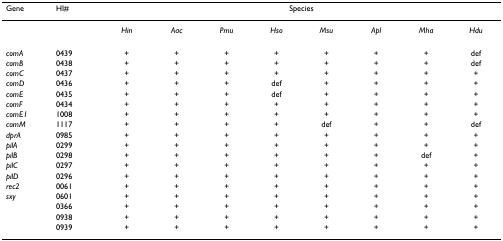
<table><thead><tr><td><b>Gene</b></td><td><b>HI#</b></td><td colspan="8"><b>Species</b></td></tr></thead><tbody><tr><td></td><td></td><td><i>Hin</i></td><td><i>Aac</i></td><td><i>Pmu</i></td><td><i>Hso</i></td><td><i>Msu</i></td><td><i>Apl</i></td><td><i>Mha</i></td><td><i>Hdu</i></td></tr><tr><td><i>comA</i></td><td>0439</td><td>+</td><td>+</td><td>+</td><td>+</td><td>+</td><td>+</td><td>+</td><td>def</td></tr><tr><td><i>comB</i></td><td>0438</td><td>+</td><td>+</td><td>+</td><td>+</td><td>+</td><td>+</td><td>+</td><td>def</td></tr><tr><td><i>comC</i></td><td>0437</td><td>+</td><td>+</td><td>+</td><td>+</td><td>+</td><td>+</td><td>+</td><td>+</td></tr><tr><td><i>comD</i></td><td>0436</td><td>+</td><td>+</td><td>+</td><td>def</td><td>+</td><td>+</td><td>+</td><td>+</td></tr><tr><td><i>comE</i></td><td>0435</td><td>+</td><td>+</td><td>+</td><td>def</td><td>+</td><td>+</td><td>+</td><td>+</td></tr><tr><td><i>comF</i></td><td>0434</td><td>+</td><td>+</td><td>+</td><td>+</td><td>+</td><td>+</td><td>+</td><td>+</td></tr><tr><td><i>comE1</i></td><td>1008</td><td>+</td><td>+</td><td>+</td><td>+</td><td>+</td><td>+</td><td>+</td><td>+</td></tr><tr><td><i>comM</i></td><td>1117</td><td>+</td><td>+</td><td>+</td><td>+</td><td>def</td><td>+</td><td>+</td><td>def</td></tr><tr><td><i>dprA</i></td><td>0985</td><td>+</td><td>+</td><td>+</td><td>+</td><td>+</td><td>+</td><td>+</td><td>+</td></tr><tr><td><i>pilA</i></td><td>0299</td><td>+</td><td>+</td><td>+</td><td>+</td><td>+</td><td>+</td><td>+</td><td>+</td></tr><tr><td><i>pilB</i></td><td>0298</td><td>+</td><td>+</td><td>+</td><td>+</td><td>+</td><td>+</td><td>def</td><td>+</td></tr><tr><td><i>pilC</i></td><td>0297</td><td>+</td><td>+</td><td>+</td><td>+</td><td>+</td><td>+</td><td>+</td><td>+</td></tr><tr><td><i>pilD</i></td><td>0296</td><td>+</td><td>+</td><td>+</td><td>+</td><td>+</td><td>+</td><td>+</td><td>+</td></tr><tr><td><i>rec2</i></td><td>0061</td><td>+</td><td>+</td><td>+</td><td>+</td><td>+</td><td>+</td><td>+</td><td>+</td></tr><tr><td><i>sxy</i></td><td>0601</td><td>+</td><td>+</td><td>+</td><td>+</td><td>+</td><td>+</td><td>+</td><td>+</td></tr><tr><td></td><td>0366</td><td>+</td><td>+</td><td>+</td><td>+</td><td>+</td><td>+</td><td>+</td><td>+</td></tr><tr><td></td><td>0938</td><td>+</td><td>+</td><td>+</td><td>+</td><td>+</td><td>+</td><td>+</td><td>+</td></tr><tr><td></td><td>0939</td><td>+</td><td>+</td><td>+</td><td>+</td><td>+</td><td>+</td><td>+</td><td>+</td></tr></tbody></table>